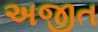
અજીત